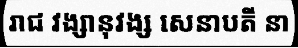
រាជ វង្សានុវង្ស សេនាបតី នា